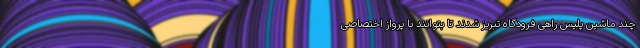
چند ماشین پلیس راهی فرودگاه تبریز شدند تا بتوانند با پرواز اختصاصی